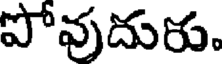
పోవుదురు.